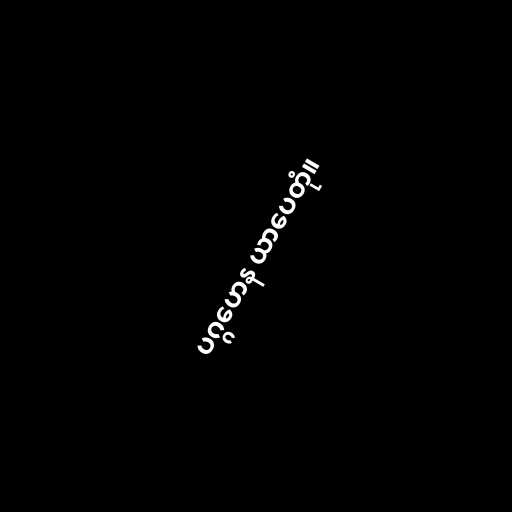
ပဂ္ဂဟေန ယာပေတုံ။